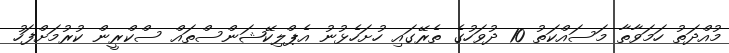
މުއްދަތު ހަމަވާތާ މަސައްކަތު 10 ދުވަހުގެ ތެރޭގައި ހުށަހެޅުނު އެޕްލިކޭޝަންސްތައް ސްކްރީން ކުރުމަށްފަހު